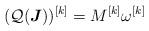
LaTeX: \begin{align*}(\mathcal Q (\boldsymbol J))^{[k]}=M^{[k]}\omega^{[k]}\end{align*}